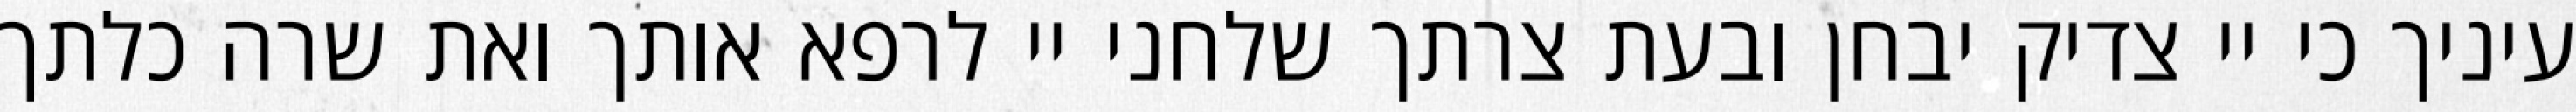
עיניך כי יי צדיק יבחן ובעת צרתך שלחני יי לרפא אותך ואת שרה כלתך